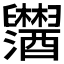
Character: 𬜂